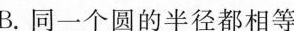
.同一个圆的半径都相等